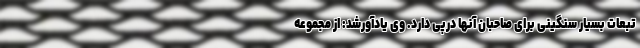
تبعات بسیار سنگینی برای صاحبان آنها درپی دارد. وی یادآورشد: از مجموعه